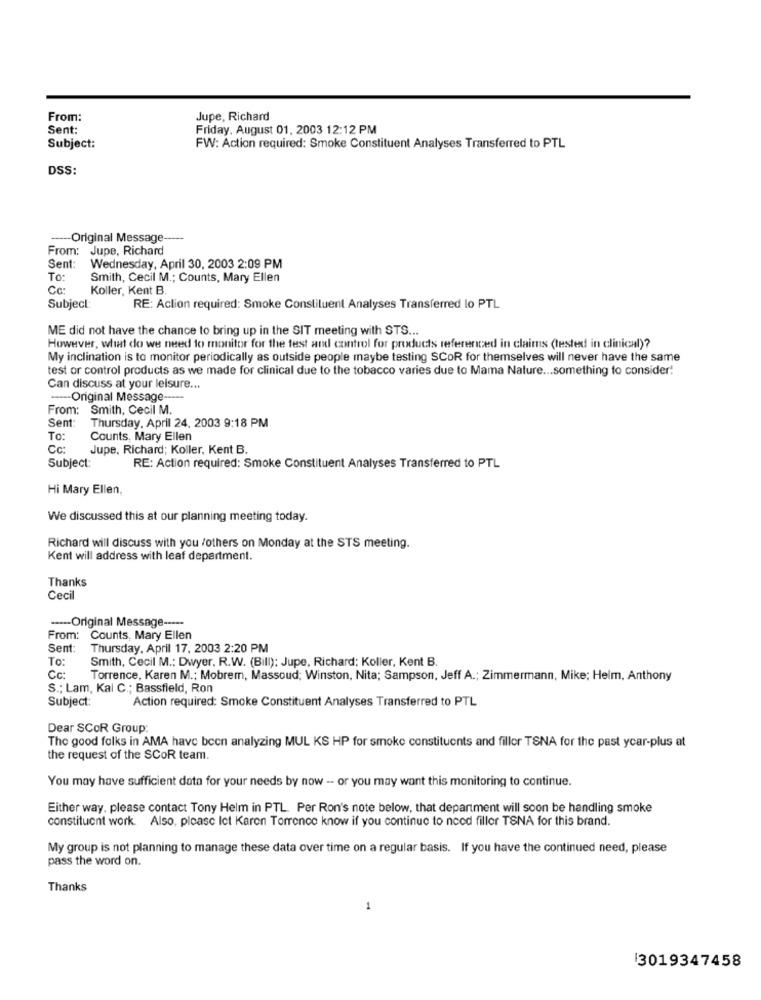
From:
Jupe, Richard
Sent:
Friday, August 01. 2003 12:12 PM
Subject:
FW: Action required: Smoke Constituent Analyses Transferred to PTL
DSS:
Original Message --
From: Jupe, Richard
Sent:
Wednesday, April 30, 2003 2:09 PM
To:
Smith, Cecil M .; Counts, Mary Ellen
Cc:
Koller, Kent B
Subject:
RE: Aclion required: Smoke Constituent Analyses Transferred lo PTL
ME did not have the chance to bring up in the SIT meeting with STS ...
However, what do we need to monitor for the test and control for products referenced in claims (tested in clinical)?
My inclination is to monitor periodically as outside people maybe testing SCOR for themselves will never have the same
test or control products as we made for clinical due to the tobacco varies due to Mama Nature ... something to consider!
Can discuss at your leisure ...
-- Original Message -----
From: Smith, Cecil M.
Sent:
Thursday, April 24, 2003 9:18 PM
To:
Counts, Mary Ellen
Cc:
Jupe, Richard; Koller, Kent B.
Subject:
RE: Action required: Smoke Constituent Analyses Transferred to PTL
Hi Mary Ellen,
We discussed this at our planning meeting today.
Richard will discuss with you /others on Monday at the STS meeting.
Kent will address with leaf department.
Thanks
Ceci
---- Original Message -----
From: Counts, Mary Ellen
Sent:
Thursday, April 17, 2003 2:20 PM
To:
Smith, Cecil M .: Dwyer. R.W. (Bill): Jupe, Richard: Koller, Kent B.
Cc:
Torrence, Karen M .; Mobrem, Massoud; Winston, Nita; Sampson, Jeff A .; Zimmermann, Mike; Helm, Anthony
S .; Lam, Kal C .; Bassfield, Ron
Subject:
Action required: Smoke Constituent Analyses Transferred to PTL
Dear SCOR Group
The good folks in AMA have been analyzing MUL KS HP for smoke constituents and fillor TSNA for the past ycar-plus at
the request of the SCOR team.
You may have sufficient data for your needs by now - or you may want this monitoring to continue.
Either way. please contact Tony Helm in PTL. Per Ron's note below, that department will soon be handling smoke
constituent work. Also, please let Karen Torrence know if you continue to need filler TSNA for this brand.
My group is not planning to manage these data over time on a regular basis. If you have the continued need, please
pass the word on.
Thanks
1
13019347458